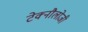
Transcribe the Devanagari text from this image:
टेक्नौलोजी